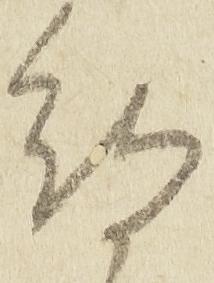
待